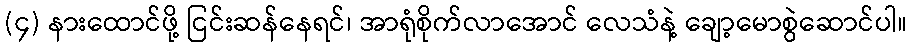
(၄) နားထောင်ဖို့ ငြင်းဆန်နေရင်၊ အာရုံစိုက်လာအောင် လေသံနဲ့ ချော့မောစွဲဆောင်ပါ။